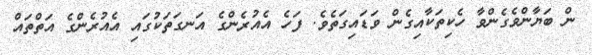
ން ބަޔާންވެގެންވާ ހެކިތަކާއިގެން ވަޑައިގަތެވެ. ފަހެ އެއުރެންގެ އަނގަތަކުގައި އެއުރެންގެ އަތްތައް